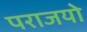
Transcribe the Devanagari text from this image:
पराजयो